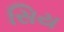
સિય